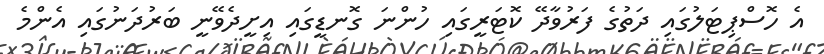
އެ ހޮސްޕިޓަލުގައި ދަތުގެ ފަރުވާދޭ ކޮޓަރީގައި ހުންނަ ގޮނޑީގައި އިށީދެވޭނީ ބަރުދަނުގައި އެންމެ